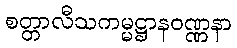
စတ္တာလီသကမ္မဋ္ဌာနဝဏ္ဏနာ